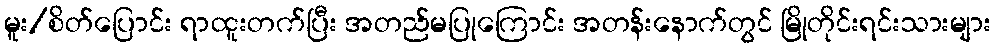
မူး/စိတ်ပြောင်း ရာထူးတက်ပြီး အတည်မပြုကြောင်း အတန်းနောက်တွင် မြိုတိုင်းရင်းသားများ